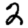
Digit: 2